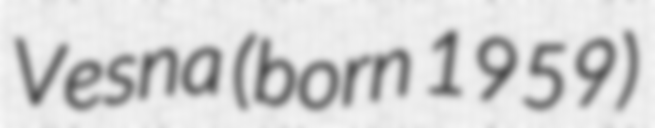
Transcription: Vesna (born 1959)